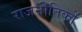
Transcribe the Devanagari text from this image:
राजनीतिकों